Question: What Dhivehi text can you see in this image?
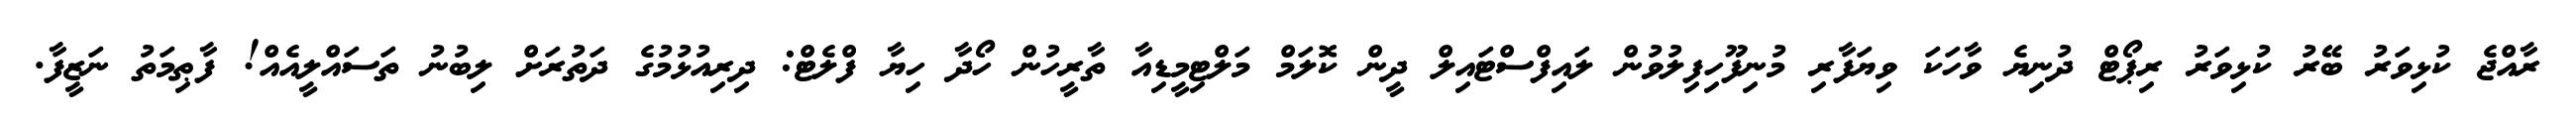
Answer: ރާއްޖެ ކުޅިވަރު ބޭރު ކުޅިވަރު ރިޕޯޓް ދުނިޔެ ވާހަކަ ވިޔަފާރި މުނިފޫހިފިލުވުން ލައިފްސްޓައިލް ދީން ކޮލަމް މަލްޓިމީޑިއާ ތާރީހުން ހޯދާ ހިޔާ ފްލެޓް: ދިރިއުޅުމުގެ ދަތުރަށް ލިބުނު ތަސައްލީއެއް! ފާޠިމަތު ނަޒީފާ.